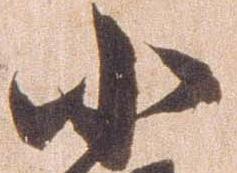
小